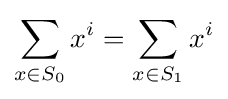
\sum _{x\in S_{0}}x^{i}=\sum _{x\in S_{1}}x^{i}